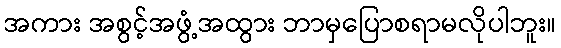
အကား အစွင့်အဖွံ့အထွား ဘာမှပြောစရာမလိုပါဘူး။